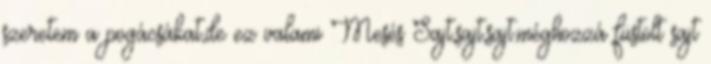
szeretem a pogácsákat,de ez valami Mesés Sajt,sajt,sajt.méghozzá füstölt sajt